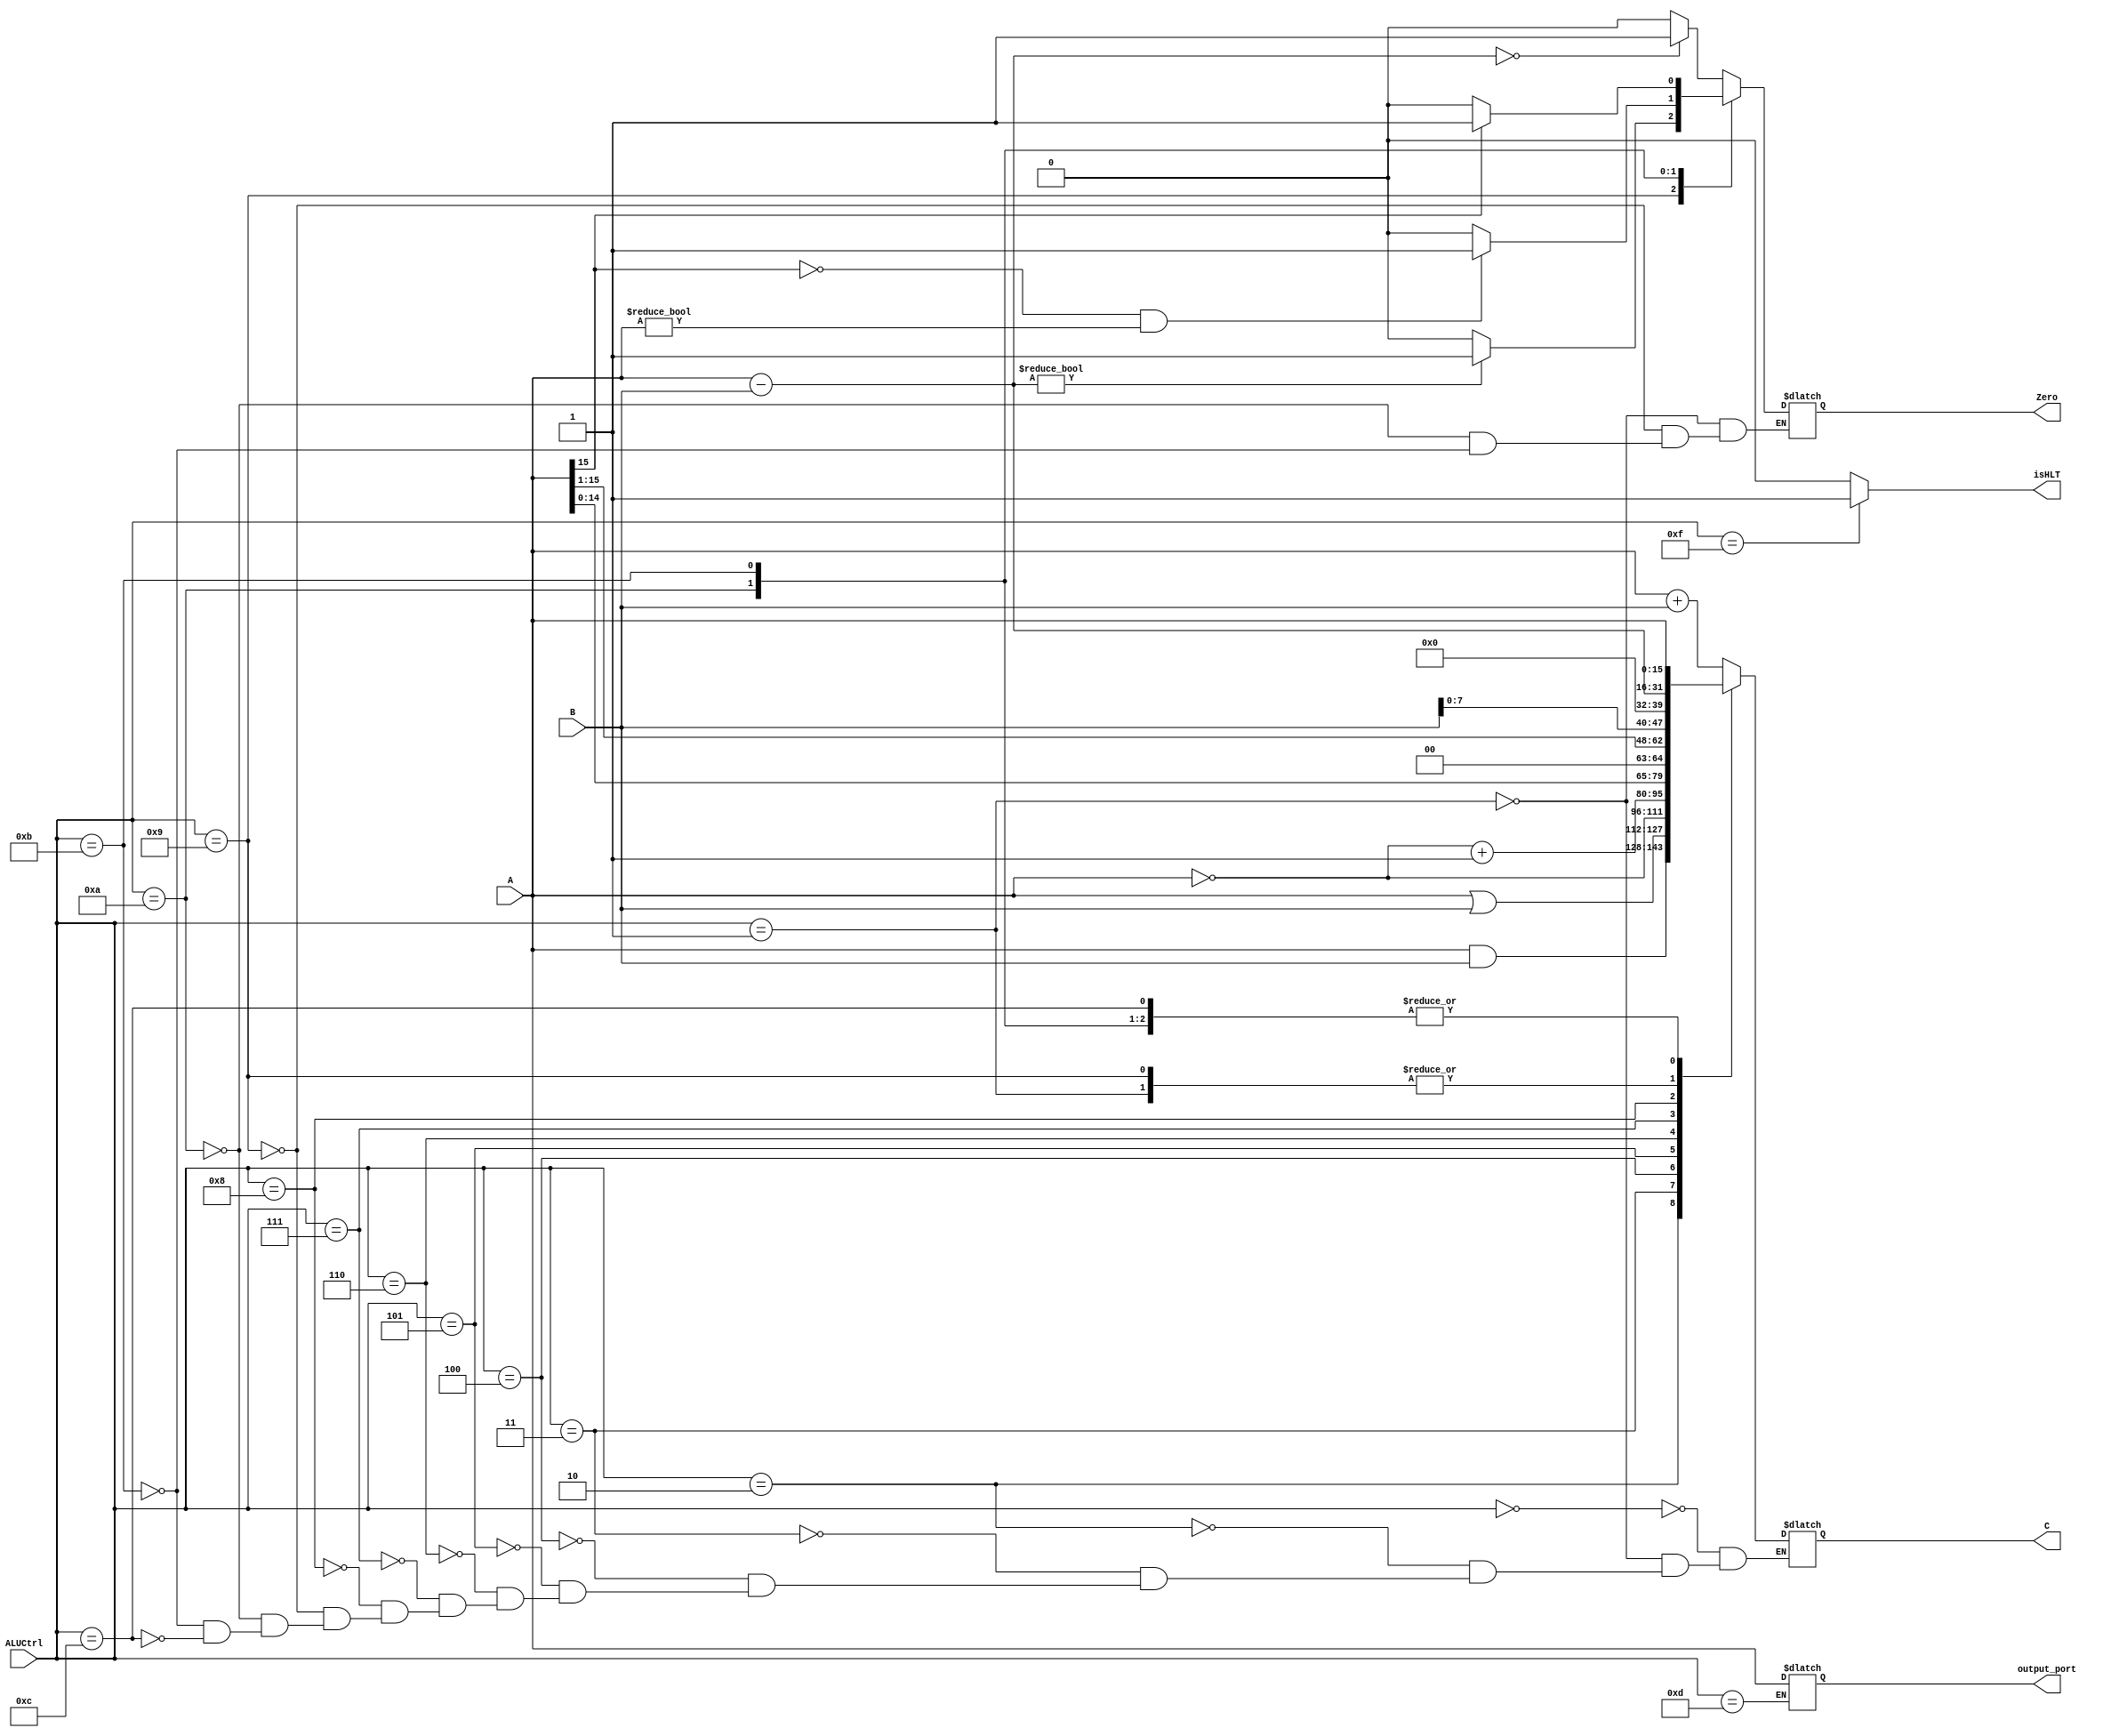
`timescale 1ns / 1ps
`define WORD_SIZE 16
module ALU(
    input [15:0] A,
    input [15:0] B,
    input [3:0] ALUCtrl,
    output reg [15:0] C,
    output reg Zero,
    output reg [`WORD_SIZE-1:0] output_port,
    output reg isHLT
    );
    always @* begin
      isHLT=0;
      case(ALUCtrl)
          4'b0000: C = A + B;               // ADD or ADI or WWD or SWD
          4'b0001: begin                    // SUB, BEQ
            C = A - B;          
            Zero = (C == 0)? 1 : 0;
          end
          4'b0010: C = A & B;               // AND
          4'b0011: C = A | B;               // ORR or ORI
          4'b0100: C = ~A;                  // NOT
          4'b0101: C = ~A + 1;              // TCP
          4'b0110: C = A<<1;                // SHL
          4'b0111: C = A>>1;                // SHR
          4'b1000: C = {B,8'b00000000};     // LHI
          4'b1001: begin                    // BNE
              C = A - B; 
              Zero = (C != 0)? 1 : 0;
          end
          4'b1010: begin                    // BGZ
              C = A; 
              Zero = (C[15] == 0&& C!=0)? 1 : 0;
          end
          4'b1011: begin                    // BLZ
              C = A; 
              Zero = (C[15] == 1)? 1 : 0;
          end
          4'b1100: C = A;                   // JPR or JRL
          4'b1101:                          // WWD
              output_port = A;
          4'b1111: isHLT=1;                 // HLT
      endcase
    end
    
endmodule